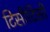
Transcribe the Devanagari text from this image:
टिसीटिसी